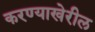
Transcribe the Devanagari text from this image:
करण्याखेरील